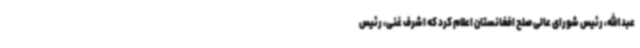
عبدالله، رئیس شورای عالی صلح افغانستان اعلام کرد که اشرف غنی، رئیس